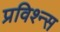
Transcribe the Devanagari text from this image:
प्रविश्न्स